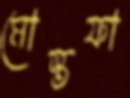
মোস্তফা